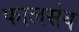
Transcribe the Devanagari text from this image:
फालसेव